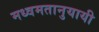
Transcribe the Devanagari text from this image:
मध्वमतानुयायी